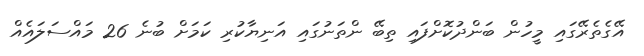
އޭގެތެރޭގައި މީހުން ބަންދުކޮށްފައި ތިބޭ ންތަނުގައި އަނިޔާކުރި ކަމަށް ބުނެ 26 މައްސަލައެއް